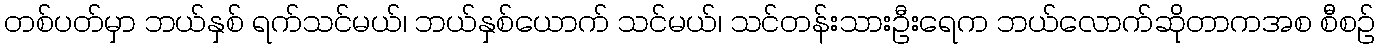
တစ်ပတ်မှာ ဘယ်နှစ် ရက်သင်မယ်၊ ဘယ်နှစ်ယောက် သင်မယ်၊ သင်တန်းသားဦးရေက ဘယ်လောက်ဆိုတာကအစ စီစဉ်